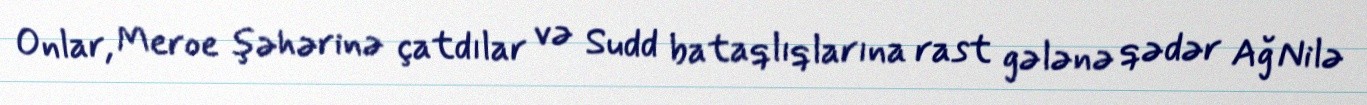
Onlar, Meroe şəhərinə çatdılar və Sudd bataqlıqlarına rast gələnə qədər Ağ Nilə